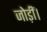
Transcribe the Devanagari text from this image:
जोड़ीं।